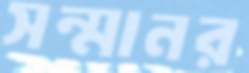
সন্মানর